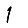
Digit: 1